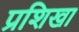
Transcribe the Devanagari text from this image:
प्रशिखा